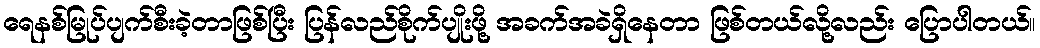
ရေနစ်မြုပ်ပျက်စီးခဲ့တာဖြစ်ပြီး ပြန်လည်စိုက်ပျိုးဖို့ အခက်အခဲရှိနေတာ ဖြစ်တယ်လို့လည်း ပြောပါတယ်။